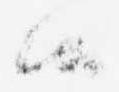
候